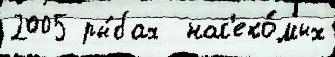
2005 ры́бах  нас'еко́мых